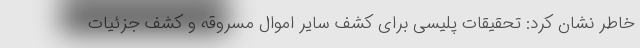
خاطر نشان کرد: تحقیقات پلیسی برای کشف سایر اموال مسروقه و کشف جزئیات